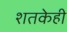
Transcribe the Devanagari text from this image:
शतकेही